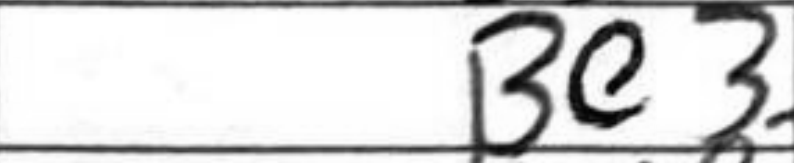
Transcription: Be3